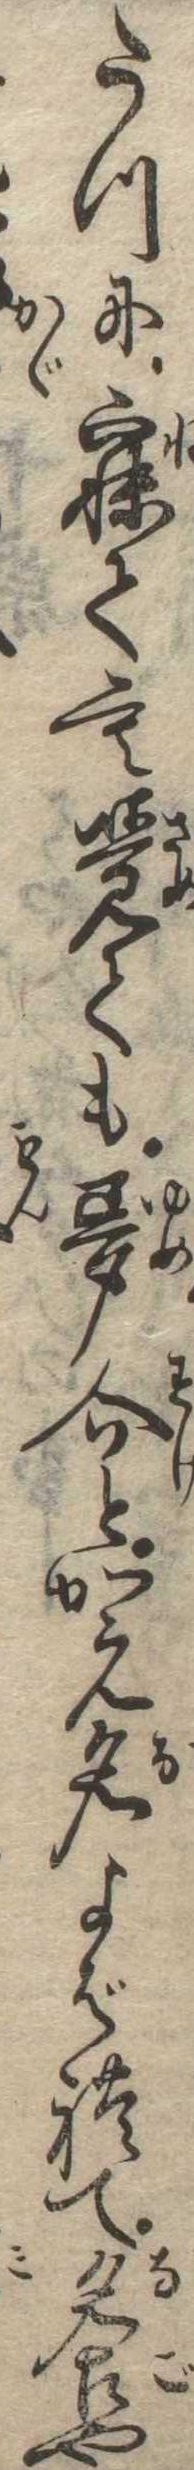
たつに寐ても覚ても夢介とかえ名よばれて名古や